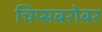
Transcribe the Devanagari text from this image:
चिप्सबरोबर